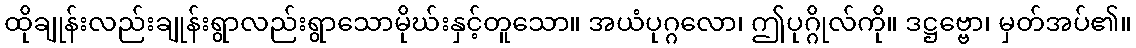
ထိုချုန်းလည်းချုန်းရွာလည်းရွာသောမိုဃ်းနှင့်တူသော။ အယံပုဂ္ဂလော၊ ဤပုဂ္ဂိုလ်ကို။ ဒဋ္ဌဗ္ဗော၊ မှတ်အပ်၏။